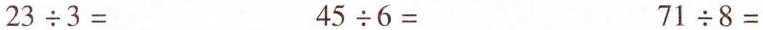
$$2 3 \div 3 =$$$$4 5 \div 6 =$$$$7 1 \div 8 =$$